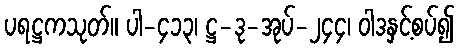
ပရဋ္ဌကသုတ်။ ပါ-၄၁၃၊ ဋ္ဌ-ဒု-အုပ်-၂၄၄၊ ဝါဒနှင့်စပ်၍